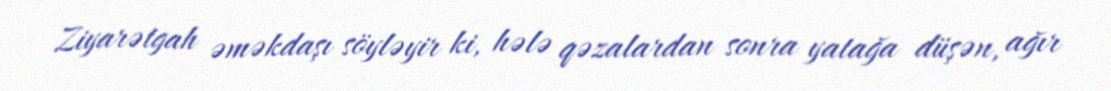
Ziyarətgah əməkdaşı söyləyir ki, hələ qəzalardan sonra yatağa düşən, ağır